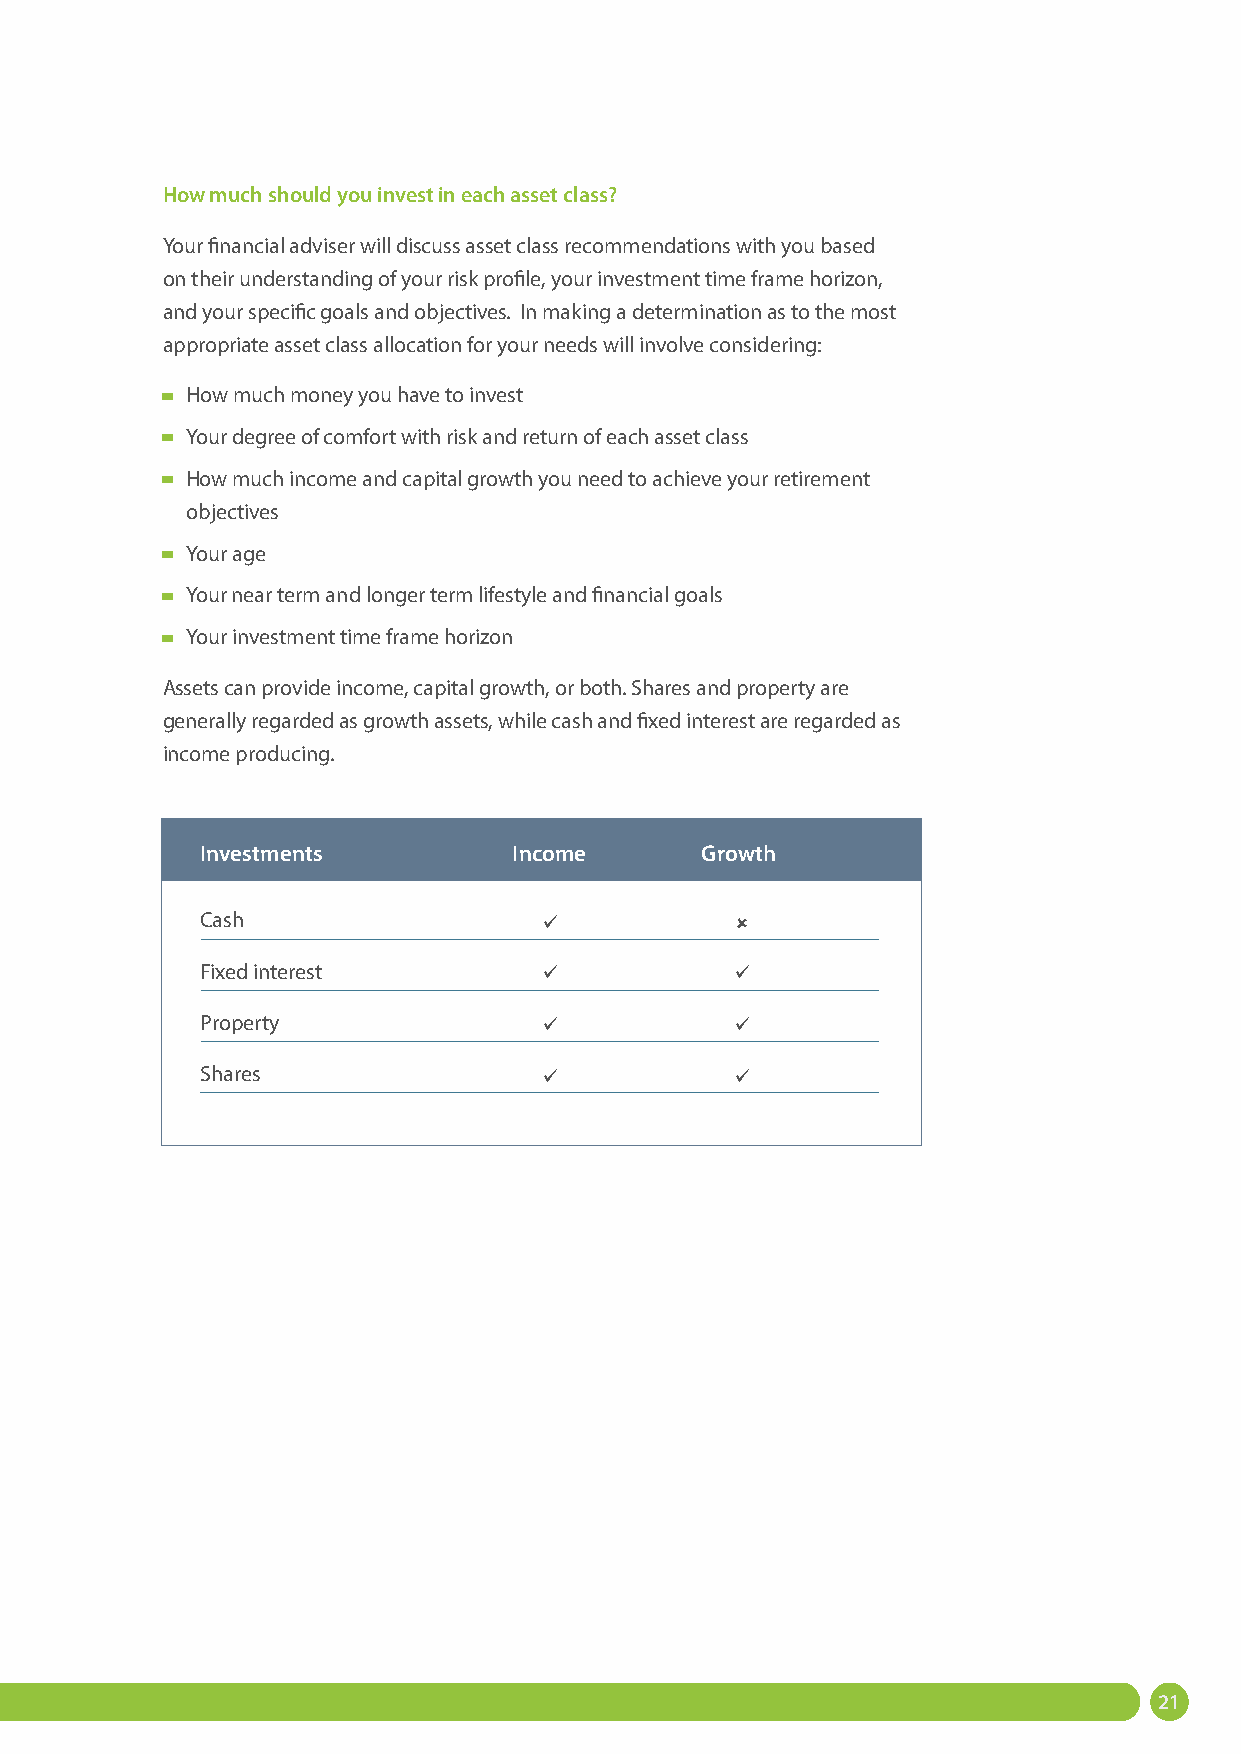
How much should you invest in each asset class?
 Your financial adviser will discuss asset class recommendations with you based
 on their understanding of your risk profile, your investment time frame horizon,
 and your specific goals and objectives. In making a determination as to the most
 appropriate asset class allocation for your needs will involve considering:
 How much money you have to invest
 Your degree of comfort with risk and return of each asset class
 How much income and capital growth you need to achieve your retirement
 objectives
 Your age
 Your near term and longer term lifestyle and financial goals
 Your investment time frame horizon
 Assets can provide income, capital growth, or both. Shares and property are
 generally regarded as growth assets, while cash and fixed interest are regarded as
 income producing.
 Investments          Income      Growth
 Cash                               
 Fixed interest                     
 Property                           
 Shares                             
 14
 21